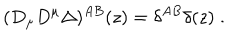
LaTeX: ( D _ { \mu } D ^ { \mu } \Delta ) ^ { A B } ( z ) = \delta ^ { A B } \delta ( z ) \; .